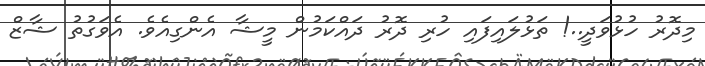
މިދޮރު ހުޅުވަދީ..! ތަޅުލައިފައި ހުރި ދޮރު ދައްކަމުން މީޝާ އެންގިއެވެ. އެވަގުތު ޝާޒް